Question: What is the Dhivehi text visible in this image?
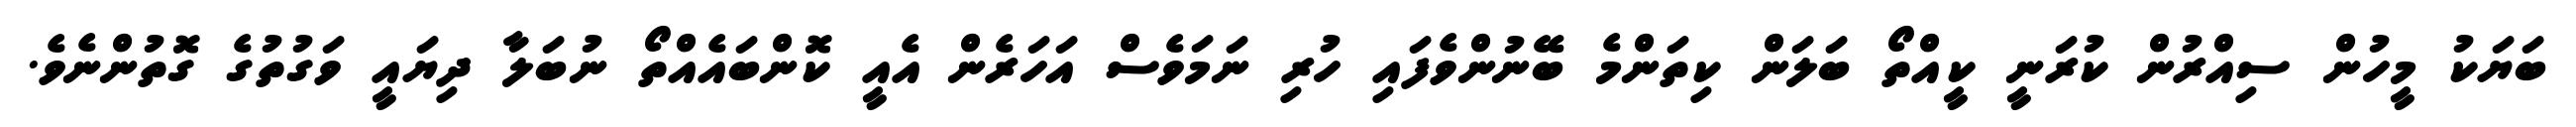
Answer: ބަޔަކު މީހުން ސިއްރުން ކުރަނީ ކީއްތޯ ބަލަން ކިތަންމެ ބޭނުންވެފައި ހުރި ނަމަވެސް އަހަރެން އެއީ ކޮންބައެއްތޯ ނުބަލާ ދިޔައީ ވަގުތުގެ ގޮތުންނެވެ.